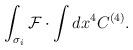
LaTeX: \begin{align*}\int_{\sigma_i} {\cal F} \cdot \int dx^4 C^{(4)}.\end{align*}